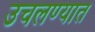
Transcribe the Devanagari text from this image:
उचलण्‍यात